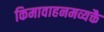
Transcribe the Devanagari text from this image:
किमावाहनमव्यक्तै